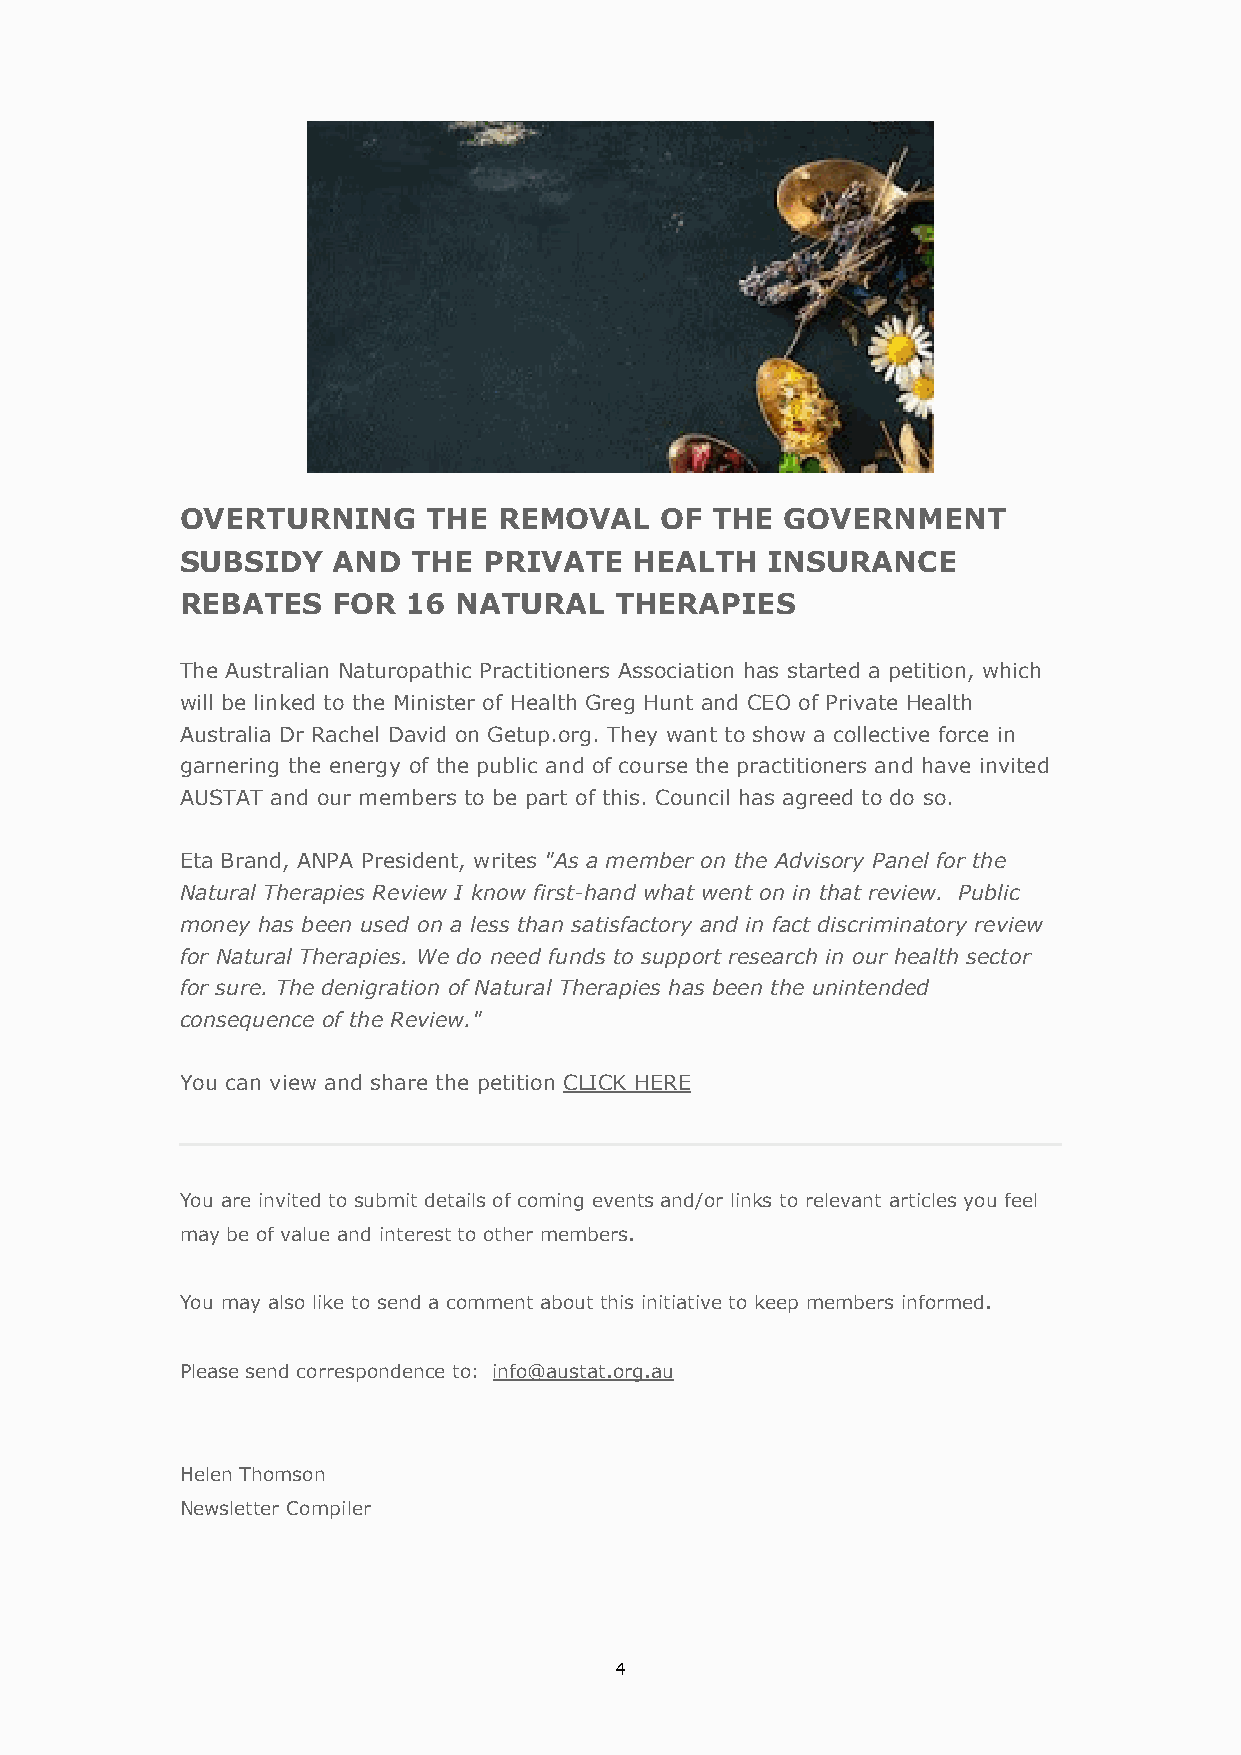
OVERTURNING     THE  REMOVAL    OF THE  GOVERNMENT
 SUBSIDY   AND  THE  PRIVATE   HEALTH   INSURANCE
 REBATES   FOR  16 NATURAL    THERAPIES
 The Australian Naturopathic Practitioners Association has started a petition, which
 will be linked to the Minister of Health Greg Hunt and CEO of Private Health
 Australia Dr Rachel David on Getup.org. They want to show a collective force in
 garnering the energy of the public and of course the practitioners and have invited
 AUSTAT and our members to be part of this. Council has agreed to do so.
 Eta Brand, ANPA President, writes "As a member on the Advisory Panel for the
 Natural Therapies Review I know first-hand what went on in that review. Public
 money has been used on a less than satisfactory and in fact discriminatory review
 for Natural Therapies. We do need funds to support research in our health sector
 for sure. The denigration of Natural Therapies has been the unintended
 consequence of the Review."
 You can view and share the petition CLICK HERE
 You are invited to submit details of coming events and/or links to relevant articles you feel
 may be of value and interest to other members.
 You may also like to send a comment about this initiative to keep members informed.
 Please send correspondence to: info@austat.org.au
 Helen Thomson
 Newsletter Compiler
 4